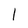
Character: 1